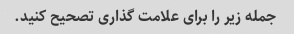
جمله زیر را برای علامت گذاری تصحیح کنید.